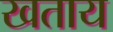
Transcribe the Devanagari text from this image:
खताय